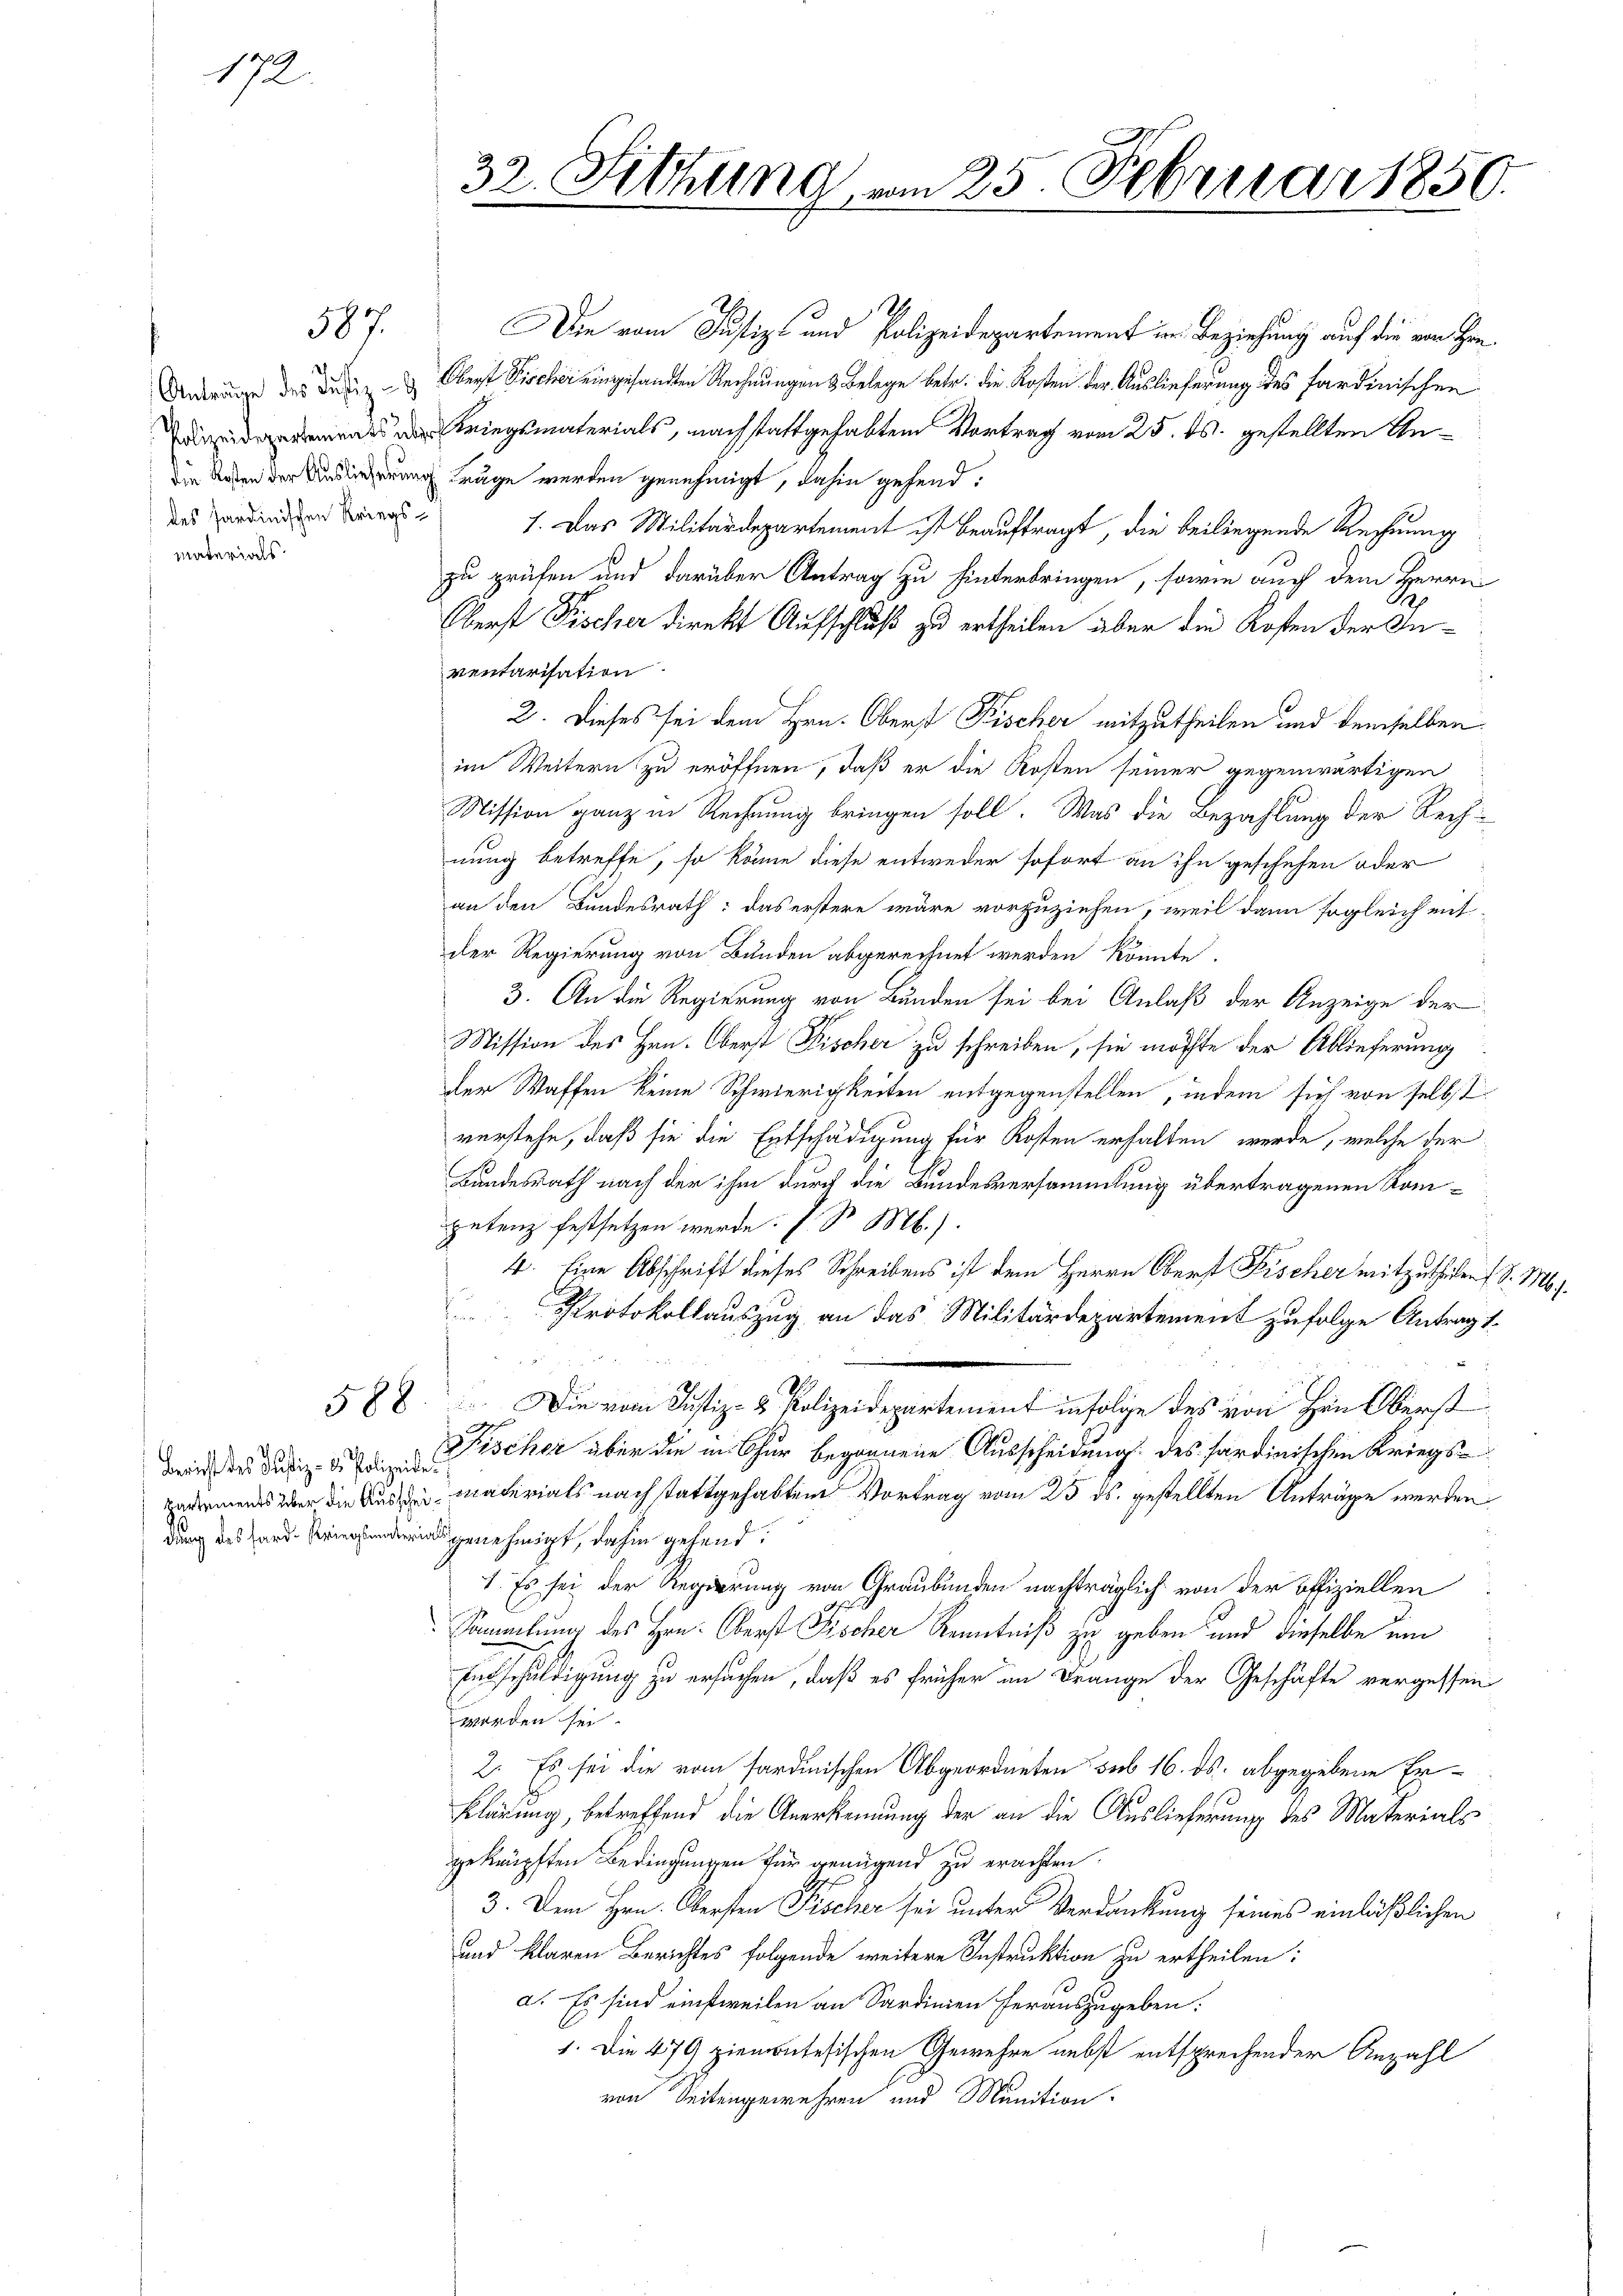
172.

387.

Anträge des Justiz-
des sardinischen Kriegsmaterials.

Bericht des Justiz- u. Polizeide

32. Fittung vom 25. Februar 1850.

Die vom Justiz- und Polizeidepartement in Beziehung auf die von Hon¬
Oberst Fischer eingesandten Rechnungen & Belege betr. die Kosten der Auslieferung des sardinischen
 Kriegsmaterials, nach stattgehabtem Vortrag vom 25. ds. gestellten Andie Reden der Auslieferung träge werden genehmigt, dahin gehend:
1. Das Militärdepartement ist beauftragt, die beiliegende Rechnung
zu prüfen und darüber Antrag zu hinterbringen, sowie auch dem Herrn
Oberst Fischer direkt Aufschluß zu ertheilen aber die Kosten der Inventarisation
2. Dieses sei dem Hrn. Oberst Fischer mitzutheilen und demselben
im Weitern zu eröffnen, daß er die Kosten seiner gegenwärtigen
Mission ganz in Rechnung bringen soll. Was die Bezahlung der Rechnung betreffe, so könne diese entweder sofort an ihn geschehen oder
an den Bundesrath: das erstere wäre vorzuziehen, weil dann sogleich mit-
der Regierung von Bunden abgerechnet werden könnte.
3. An die Regierung von Bunden sei bei Anlaß der Anzeige der
Mission des Hrn. Oberst Fischer zu schreiben, sie möchte der Ablieferung
der Waffen keine Schwierigkeiten entgegenstellen, indem sich von selbst
verstehe, daß sie die Entschädigung für Kosten erhalten werde, welche der
Bundesrath nach der ihm durch die Bundesversammlung übertragenen Kompetenz festsetzen werde. I S. M.).
4. Eine Abschrift dieses Schreibens ist dem Herrn Oberst Fischer mitzutheilen (S. M.
Protokollauszug an das Militärdepartement zufolge Antragt.
26 f 0 x
588. Die vom Justiz- & Polizeidepartement infolge des von Hrn. Oberst
Fischer über die in Chur begonnene Ausscheidung des sardinischen Kriegs¬
Endarmens über die Aus de materials nach stattgehabten Vortrag vom 25. ds. gestellten Anträge werden
dung des genehmigt, dahin gehend
1. Es sei der Regierung von Graubünden nachträglich von der offiziellen
Sammlung des Hrn. Oberst Fischer Kenntniß zu geben und dieselbe um
Endschuldigung zu ersuchen, daß es früher im Drange der Geschäfte vergessen
worden sei.
2. Es sei die vom sardinischen Abgeordneten sub 16. ds. abgegebene Er¬
Klärung, betreffend die Anerkennung der an die Auslieferung des Materials
geknüpften Bedingungen für genügend zu erachten.
3. Dem Hrn. Obersten Fischer sei unter Verdankung seines einläßlichen
und klaren Berichtes folgende weitere Instruktion zu ertheilen:
a. Es sind einstweilen an Sardinien herauszugeben:
1. Die 479 ziemontesischen Gewehre nebst entsprechender Anzahl
von Seitengewehren und Munition